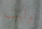
توليت